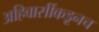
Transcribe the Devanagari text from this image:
अहिवासींकडूनच